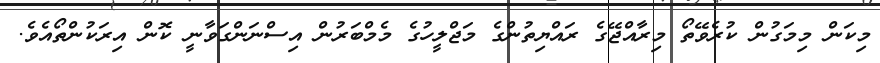
މިކަން މިމަގުން ކުރެވޭތޯ މިރާއްޖޭގެ ރައްޔިތުންގެ މަޖްލީހުގެ މެމްބަރުން އިސްނަންގަވާނީ ކޮން އިރަކުންތޯއެވެ.